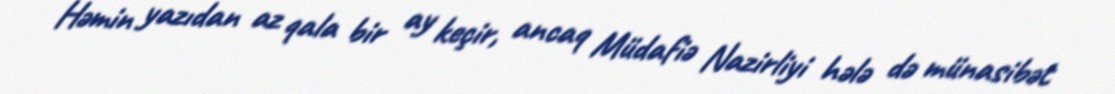
Həmin yazıdan az qala bir ay keçir, ancaq Müdafiə Nazirliyi hələ də münasibət